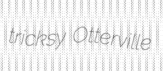
tricksy Otterville